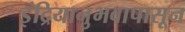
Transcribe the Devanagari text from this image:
इंद्रियानुभवापासून